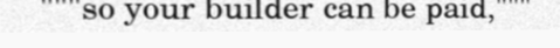
"""so your builder can be paid,"""